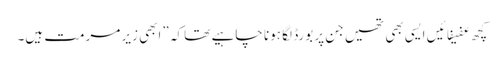
کچھ عفیفائیں ایسی بھی تھیں جن پر بورڈ لگا ہونا چاہیے تھا کہ ”ابھی زیر مرمت ہیں۔